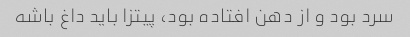
سرد بود و از دهن افتاده بود، پیتزا باید داغ باشه